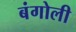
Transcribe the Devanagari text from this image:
बंगोली